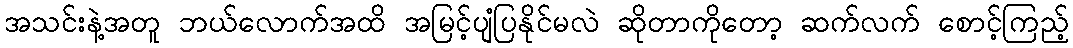
အသင်းနဲ့အတူ ဘယ်လောက်အထိ အမြင့်ပျံပြနိုင်မလဲ ဆိုတာကိုတော့ ဆက်လက် စောင့်ကြည့်